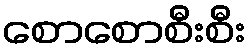
စောစောစီးစီး